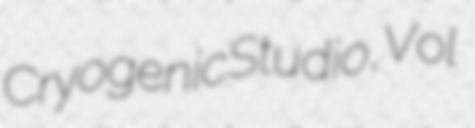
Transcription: Cryogenic Studio, Vol